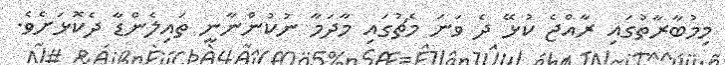
މިމުބާރާތުގައި ރާއްޖެ ކުޅޭ ދެ ވަނަ މެޗުގައި މާދަމާ ނުކުންނާނީ ތައިލެންޑާ ދެކޮޅަށެވެ.